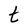
Character: t